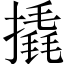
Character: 撬